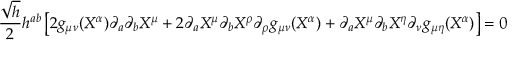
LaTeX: \frac { \sqrt { h } } { 2 } h ^ { a b } \left[ 2 g _ { \mu \nu } ( X ^ { \alpha } ) \partial _ { a } \partial _ { b } X ^ { \mu } + 2 \partial _ { a } X ^ { \mu } \partial _ { b } X ^ { \rho } \partial _ { \rho } g _ { \mu \nu } ( X ^ { \alpha } ) + \partial _ { a } X ^ { \mu } \partial _ { b } X ^ { \eta } \partial _ { \nu } g _ { \mu \eta } ( X ^ { \alpha } ) \right] = 0